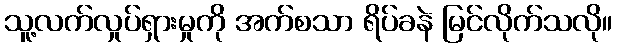
သူ့လက်လှုပ်ရှားမှုကို အက်စသာ ရိပ်ခနဲ မြင်လိုက်သလို။